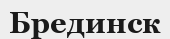
Брединск